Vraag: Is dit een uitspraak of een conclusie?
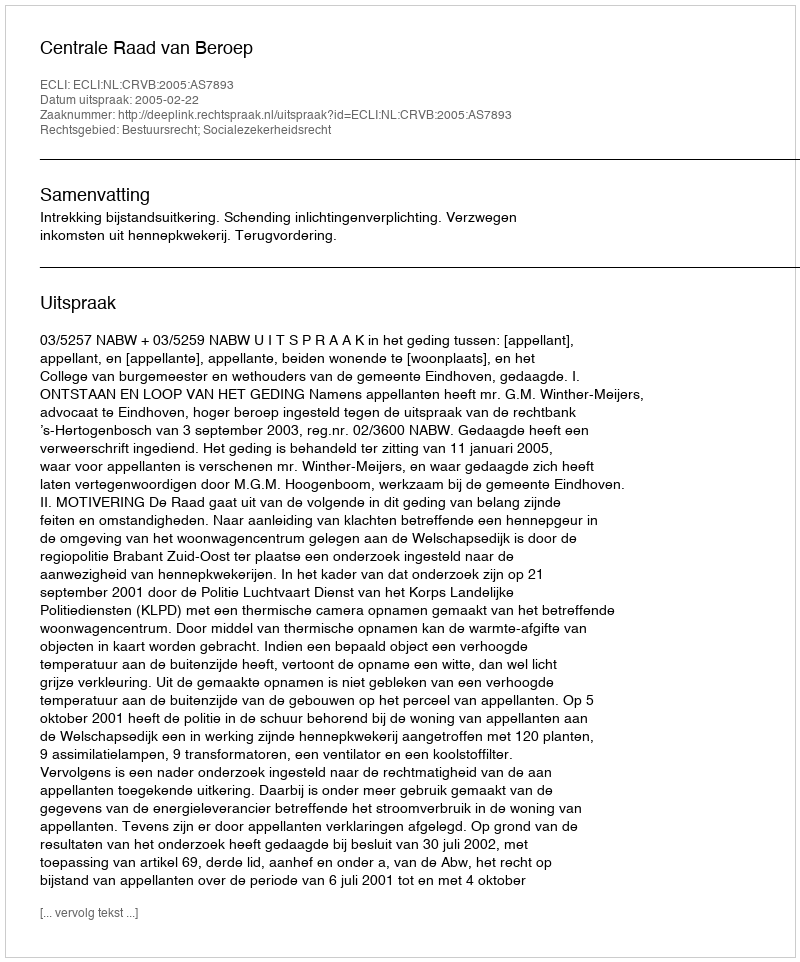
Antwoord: Uitspraak